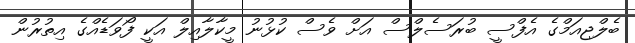
ބެލްޖިއަމްގެ އެފްސީ ބުރަސެލްސް އަށް ވެސް ކުޅުނު މީކާލާއިލް އަކީ ފޯވަޑެއްްގެ އިތުރުން